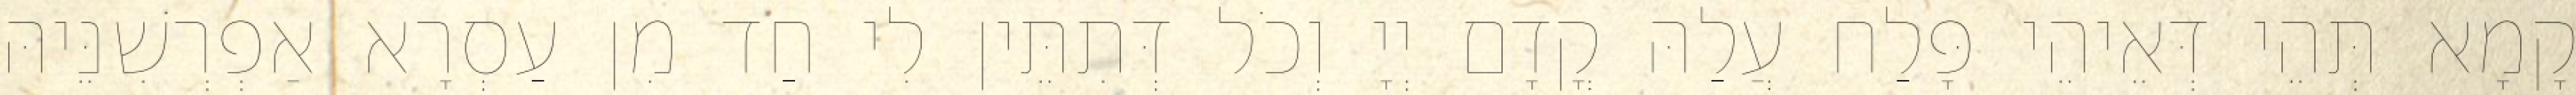
קָמָא תְּהֵי דְּאֵיהֵי פָּלַח עֲלַהּ קֳדָם יְיָ וְכֹל דְּתִתֵּין לִי חַד מִן עַסְרָא אַפְרְשִׁנֵּיהּ